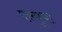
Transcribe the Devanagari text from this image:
फ्ल्यूचा